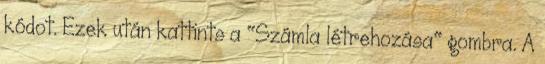
kódot. Ezek után kattints a "Számla létrehozása" gombra. A